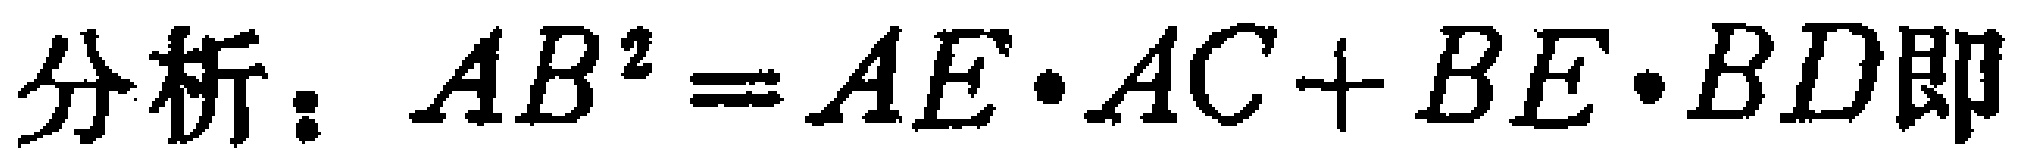
分析：\(AB^{2}=AE\cdot AC + BE\cdot BD\)即